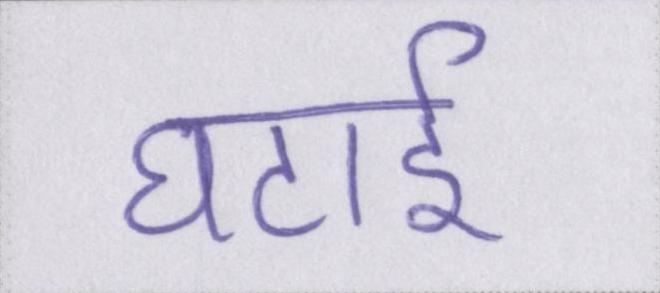
घटाई